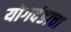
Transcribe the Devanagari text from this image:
योगदंडाचा